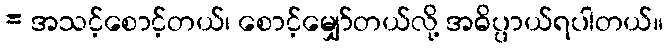
= အသင့်စောင့်တယ်၊ စောင့်မျှော်တယ်လို့ အဓိပ္ပာယ်ရပါတယ်။